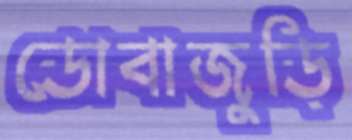
ডোবাজুড়ি